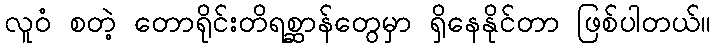
လူဝံ စတဲ့ တောရိုင်းတိရစ္ဆာန်တွေမှာ ရှိနေနိုင်တာ ဖြစ်ပါတယ်။